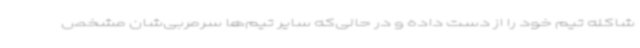
شاکله تیم خود را از دست داده و در حالی‌که سایر تیم‌ها سرمربی‌شان مشخص